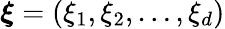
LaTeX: {\boldsymbol{\xi}}=(\xi_{1},\xi_{2},\ldots,\xi_{d})